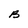
Character: B